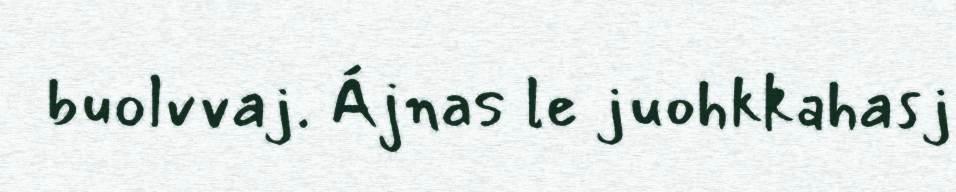
buolvvaj. Ájnas le juohkkahasj